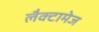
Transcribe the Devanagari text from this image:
लैक्टामेज